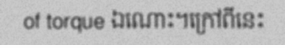
of torque ឯណោះ។ក្រៅពីនេះ